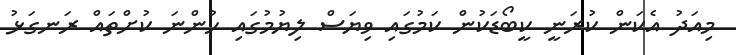
މިއަދު އެކަން ކުރަނީ ކީބޯޑަކުން ކަމުގައި ވިޔަސް ލިޔުމުގައި ހުންނަ ކުށްތައް ރަނގަޅު